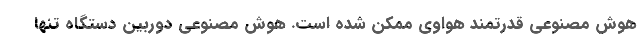
هوش مصنوعی قدرتمند هواوی ممکن شده است. هوش مصنوعی دوربین دستگاه تنها